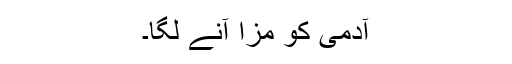
آدمی کو مزا آنے لگا۔